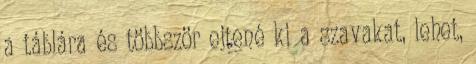
a táblára és többször ejtené ki a szavakat, lehet,